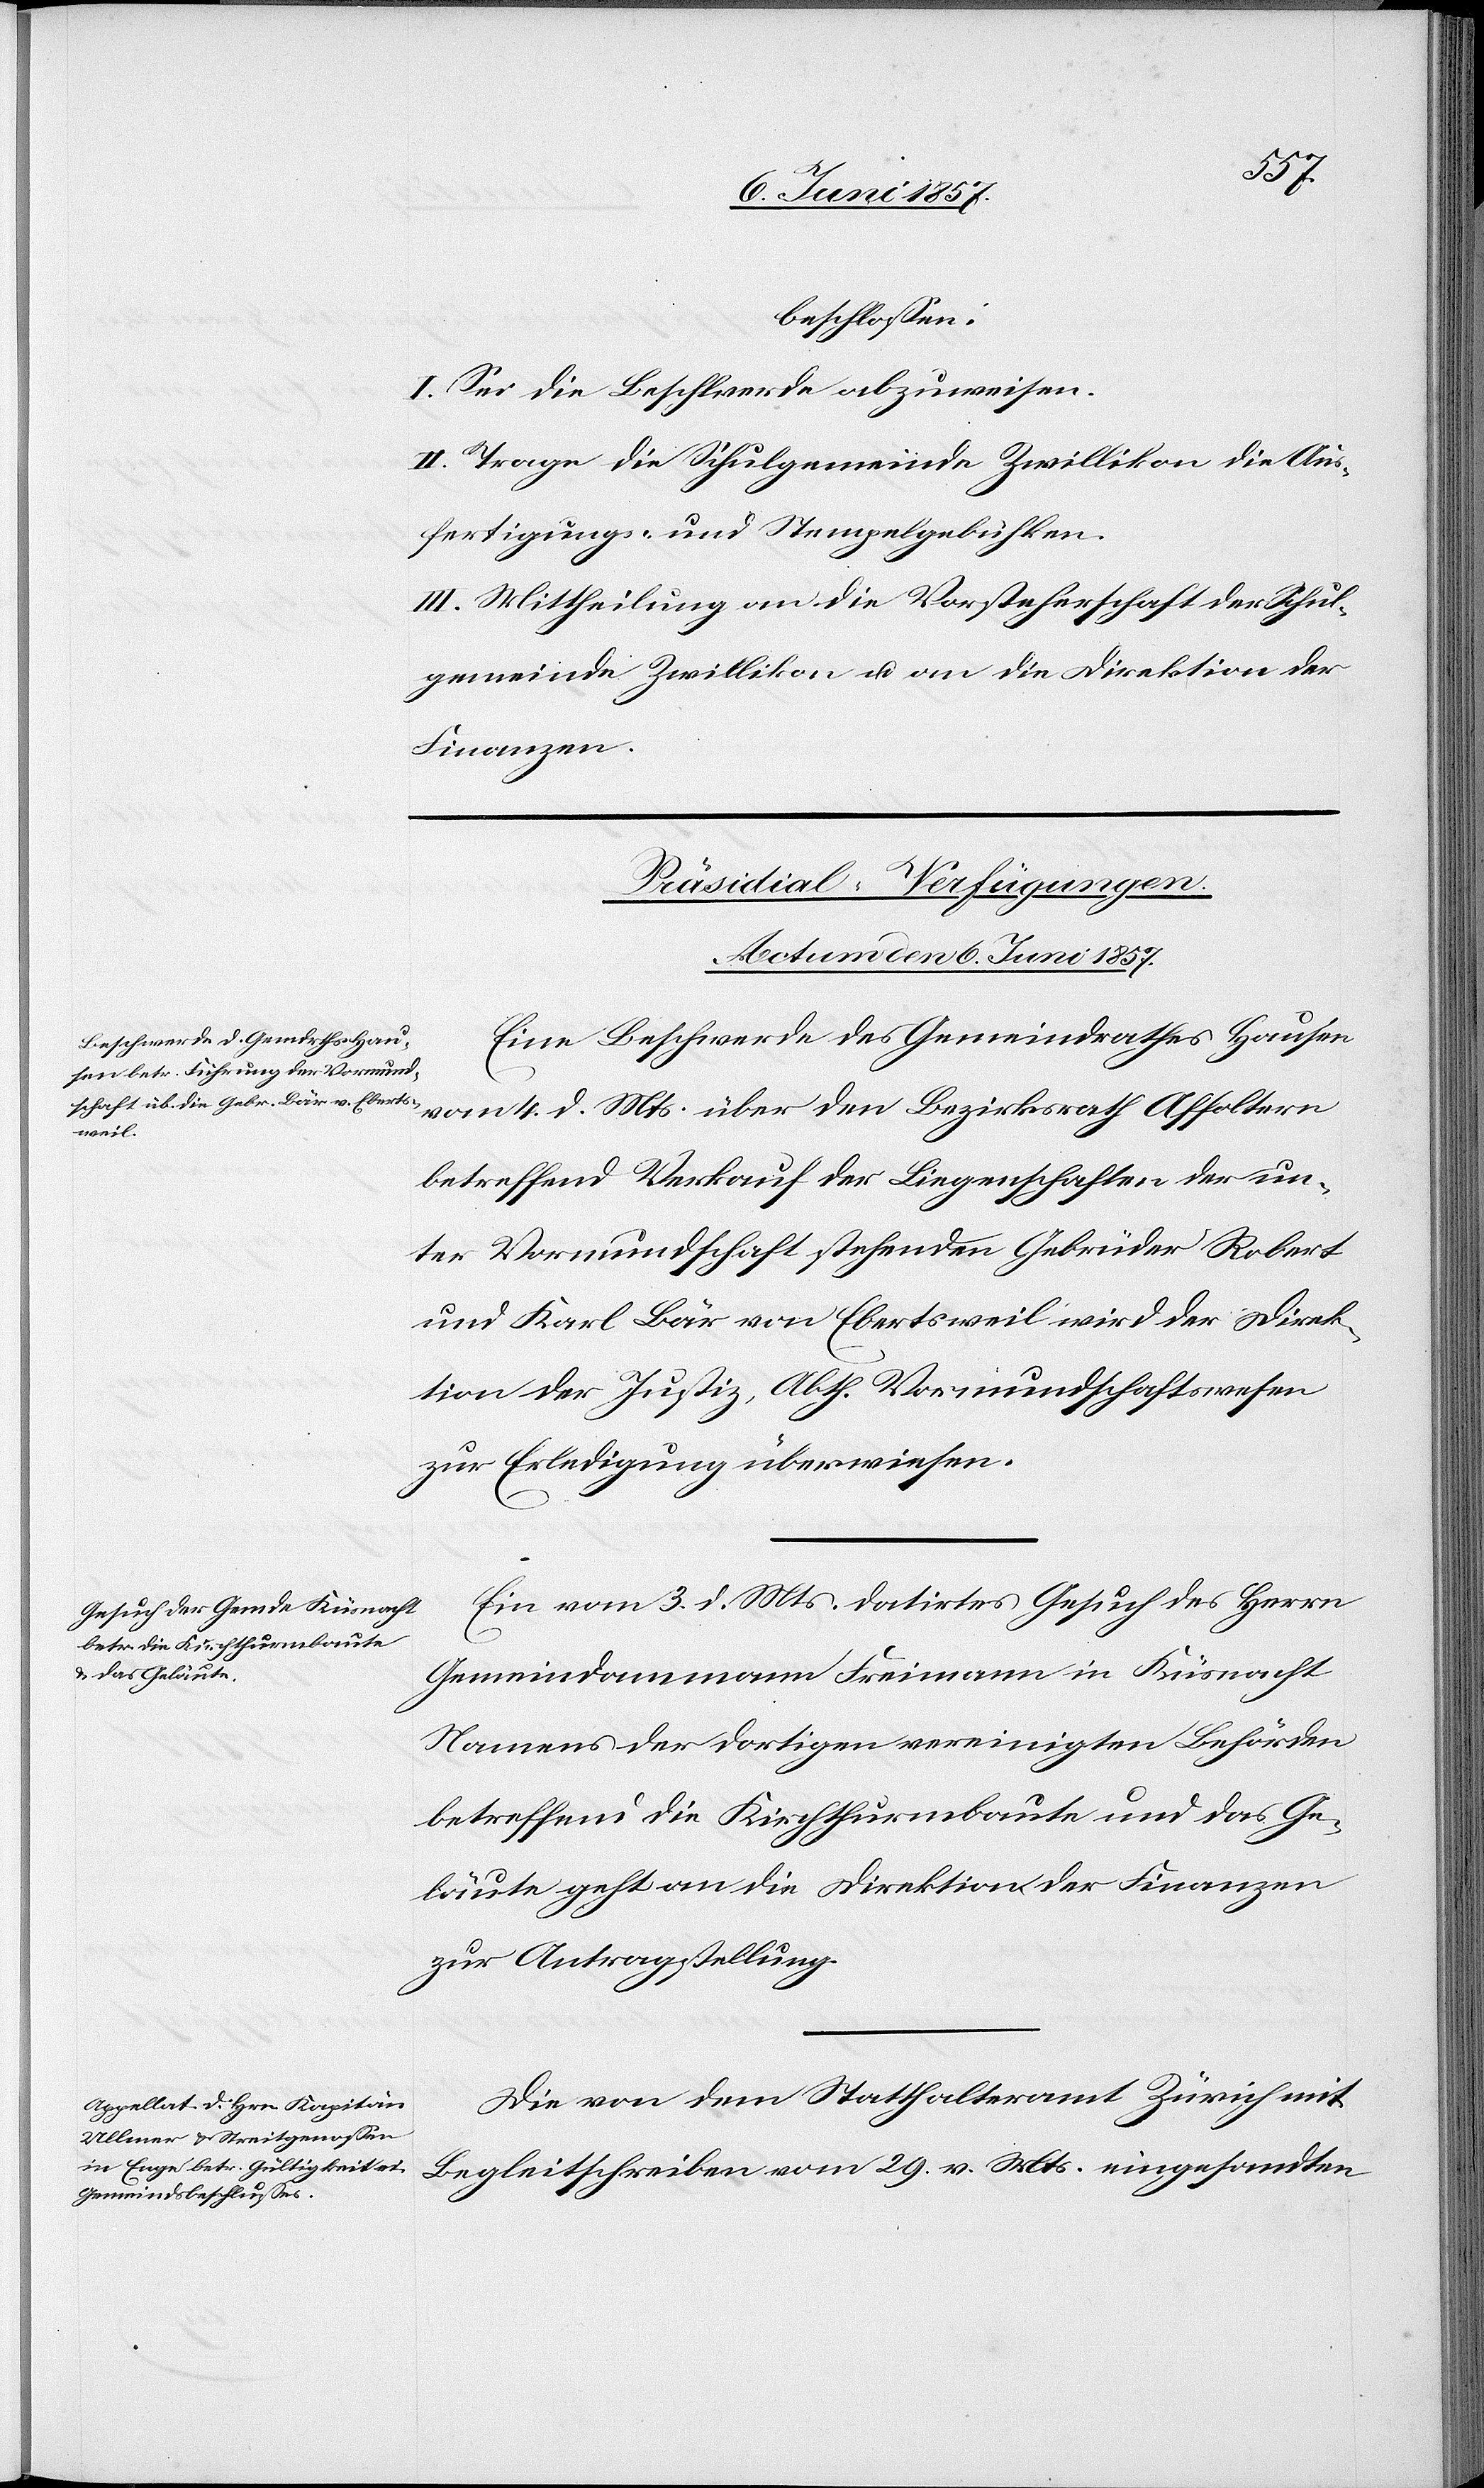
beschlossen:
I. Sei die Beschwerde abzuweisen.
II. Trage die Schulgemeinde Zwillikon die Aus¬
fertigungs- und Stempelgebühren.
III. Mittheilung an die Vorsteherschaft der Schul¬
gemeinde Zwillikon & an die Direktion der
Finanzen.
[Präsidial-Verfügungen.
Actum den 6 Juni 1857.]
Eine Beschwerde des Gemeindrathes Hausen
vom 4 d. Mts. über den Bezirksrath Affoltern
betreffend Verkauf der Liegenschaften der un¬
ter Vormundschaft stehenden Gebrüder Robert
und Karl Bär von Ebertsweil wird der Direk¬
tion der Justiz, Abth. Vormundschaften
zur Erledigung überwiesen.
Ein vom 3 d. Mts. datirtes Gesuch des Herrn
Gemeindammann Freimann in Küsnacht
Namens der dortigen vereinigten Behörden
betreffend die Kirchthurmbaute und das Ge¬
läute geht an die Direktion der Finanzen
zur Antragstellung.
Die von dem Statthalteramt Zürich mit
Begleitschreiben vom 29 v. Mts. eingesandten